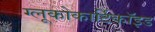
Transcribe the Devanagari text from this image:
ग्लूकोकार्टिकॉइड